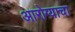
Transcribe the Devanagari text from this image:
आरोग्याचा